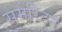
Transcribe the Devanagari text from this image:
समेरिटन